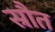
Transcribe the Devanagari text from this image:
स्रौत